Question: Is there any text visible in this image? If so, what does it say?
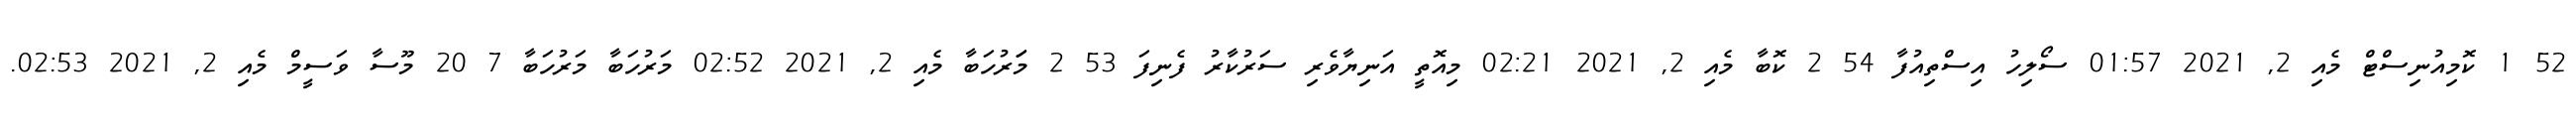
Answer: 52 1 ކޮމިއުނިސްޓް މެއި 2, 2021 01:57 ސޯލިހު އިސްތިއުފާ 54 2 ކޮބާ މެއި 2, 2021 02:21 މިއޮތީ އަނިޔާވެރި ސަރުކާރު ފެނިފަ 53 2 މަަރުހަބާ މެއި 2, 2021 02:52 މަރުހަބާ މަރުހަބާ 7 20 މޫސާ ވަސީމް މެއި 2, 2021 02:53.